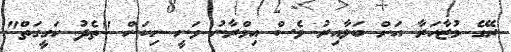
ރޭގެ މުޒާހަރާ އަށް ބަލާއިރު ވެސް އިމްރާނު ވަނީ ނިކަން "ތެދު ހަގީގަތް"